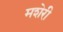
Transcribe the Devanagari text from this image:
मशेरी